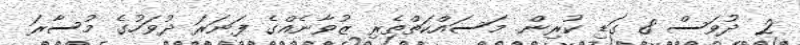
2 ދުވަސް 8 ގަޑި ކުރިން. މަސައްކަތްތެރި ޒުވާނެއްގެ ފަނަރަ ދުވަހުގެ މުސާރަ